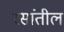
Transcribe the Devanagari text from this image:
रसांतील